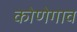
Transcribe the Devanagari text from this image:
कोणेगाव